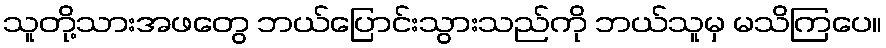
သူတို့သားအဖတွေ ဘယ်ပြောင်းသွားသည်ကို ဘယ်သူမှ မသိကြပေ။